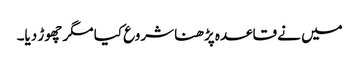
میں نے قاعدہ پڑھنا شروع کیا مگر چھوڑ دیا۔